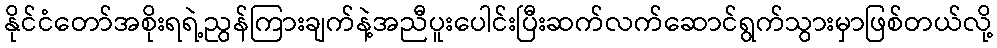
နိုင်ငံတော်အစိုးရရဲ့ညွန်ကြားချက်နဲ့အညီပူးပေါင်းပြီးဆက်လက်ဆောင်ရွက်သွားမှာဖြစ်တယ်လို့